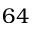
6 4